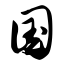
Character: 国